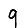
Digit: 9